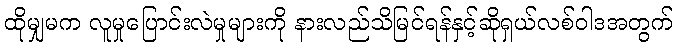
ထိုမျှမက လူမှုပြောင်းလဲမှုများကို နားလည်သိမြင်ရန်နှင့်ဆိုရှယ်လစ်ဝါဒအတွက်